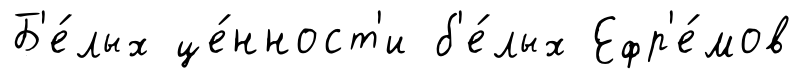
Б'е́лых це́нност'и б'е́лых Ефр'е́мов